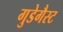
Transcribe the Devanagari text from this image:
गुडेगैस्ट